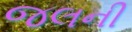
જલની